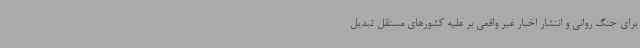
برای جنگ روانی و انتشار اخبار غیر واقعی بر علیه کشورهای مستقل تبدیل